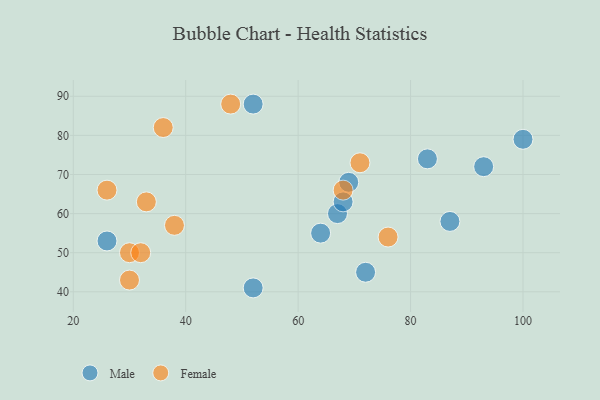
{"axis": {"x": "GDP", "y": "Life Expectancy"}, "legend": ["Female", "Male"], "data": [{"x": "52", "y": 41, "type": "Male"}, {"x": "100", "y": 79, "type": "Male"}, {"x": "67", "y": 60, "type": "Male"}, {"x": "68", "y": 63, "type": "Male"}, {"x": "87", "y": 58, "type": "Male"}, {"x": "69", "y": 68, "type": "Male"}, {"x": "93", "y": 72, "type": "Male"}, {"x": "83", "y": 74, "type": "Male"}, {"x": "52", "y": 88, "type": "Male"}, {"x": "64", "y": 55, "type": "Male"}, {"x": "72", "y": 45, "type": "Male"}, {"x": "26", "y": 53, "type": "Male"}, {"x": "33", "y": 63, "type": "Female"}, {"x": "30", "y": 50, "type": "Female"}, {"x": "32", "y": 50, "type": "Female"}, {"x": "38", "y": 57, "type": "Female"}, {"x": "76", "y": 54, "type": "Female"}, {"x": "30", "y": 43, "type": "Female"}, {"x": "48", "y": 88, "type": "Female"}, {"x": "71", "y": 73, "type": "Female"}, {"x": "26", "y": 66, "type": "Female"}, {"x": "68", "y": 66, "type": "Female"}, {"x": "36", "y": 82, "type": "Female"}]}